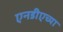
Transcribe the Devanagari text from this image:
एनडीएच्या